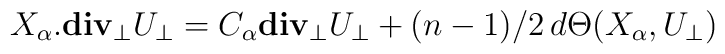
X_\alpha.{\bf div_{\perp}}U_\perp = C_\alpha {\bf div_{\perp}}U_\perp + (n-1)/2\, d\Theta(X_\alpha,U_\perp)